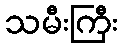
သမီးကြီး